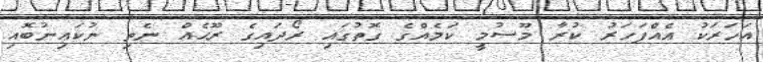
އަހަރަކު އެއްފަހަރު ކުރާ މޫސުމީ ކަމެއްގެ ގޮތުގައި ރޯދައިގެ ރޫޙެއް ނެތި ނުކައިނުބޮއި